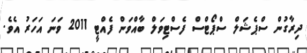
ދިރާގުން ސްޕެޝަލް ސްޕޯޓްސް ފެސްޓިވަލް ބާއްވަން ފެއްޓީ 2011 ވަނަ އަހަރު އެވެ.